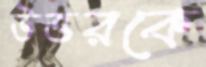
উত্তরকে